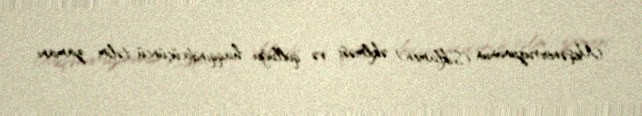
Meşənovruzununun (Siklamen) əkilməsi və qulluğu haqqında üçüncü təlim zamanı